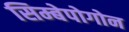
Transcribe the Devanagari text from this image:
सिम्बेपोगोन